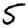
Digit: 5